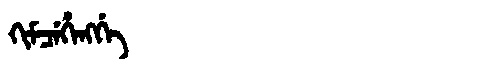
Manchu: ᡴᡳᠮᠴᡝᡥᡝᠩᡤᡝ
Romanization: KIMCEHENGGE